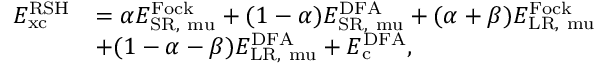
\begin{array} { r l } { E _ { \mathrm { { x c } } } ^ { \mathrm { R S H } } } & { = \alpha E _ { \mathrm { { S R , } \ m u } } ^ { \mathrm { F o c k } } + ( 1 - \alpha ) E _ { \mathrm { { S R , } \ m u } } ^ { \mathrm { D F A } } + ( \alpha + \beta ) E _ { \mathrm { { L R , } \ m u } } ^ { \mathrm { F o c k } } } \\ & { + ( 1 - \alpha - \beta ) E _ { \mathrm { { L R , } \ m u } } ^ { \mathrm { D F A } } + E _ { \mathrm { { c } } } ^ { \mathrm { D F A } } , } \end{array}